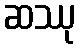
ဆဿု